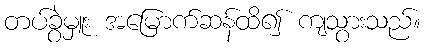
တပ်ခွဲမှူး အမြောက်ဆန်ထိ၍ ကျသွားသည်။